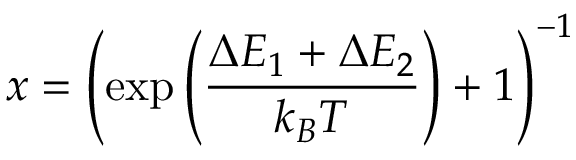
x = \left( \exp \left( \frac { \Delta E _ { 1 } + \Delta E _ { 2 } } { k _ { B } T } \right) + 1 \right) ^ { - 1 }